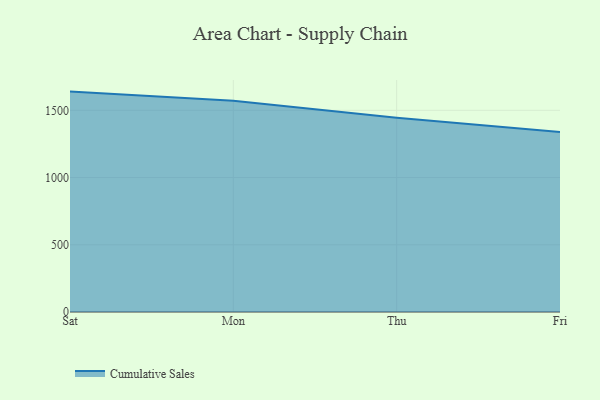
{"axis": {"x": "Day", "y": "Revenue (USD Million)"}, "legend": ["Cumulative Sales"], "data": [{"x": "Sat", "y": 1639.3, "type": "Cumulative Sales"}, {"x": "Mon", "y": 1571.5, "type": "Cumulative Sales"}, {"x": "Thu", "y": 1445.4, "type": "Cumulative Sales"}, {"x": "Fri", "y": 1338.6, "type": "Cumulative Sales"}]}